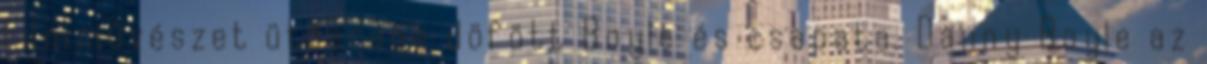
filmművészet ütőerébe döfött Boyle és csapata. Danny Boyle az